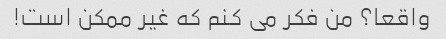
واقعا؟ من فکر می کنم که غیر ممکن است!